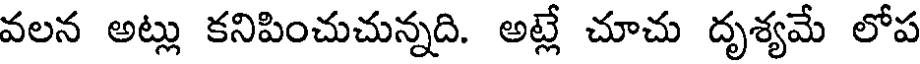
వలన అట్లు కనిపించుచున్నది. అట్లే చూచు దృశ్యమే లోప